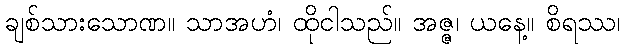
ချစ်သားသောဏ။ သာအဟံ၊ ထိုငါသည်။ အဇ္ဇ၊ ယနေ့။ စိရဿ၊